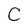
Character: C